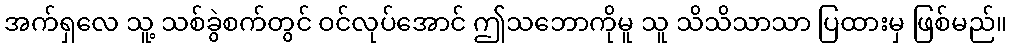
အက်ရှလေ သူ့ သစ်ခွဲစက်တွင် ဝင်လုပ်အောင် ဤသဘောကိုမူ သူ သိသိသာသာ ပြထားမှ ဖြစ်မည်။